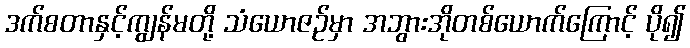
ဒက်စတာနှင့်ကျွန်မတို့ သံယောဇဉ်မှာ အဘွားအိုတစ်ယောက်ကြောင့် ပို၍